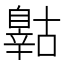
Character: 𲅈